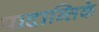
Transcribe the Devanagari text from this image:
पादान्तिके